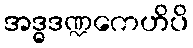
အဒ္ဓဒဏ္ဍကေဟိပိ